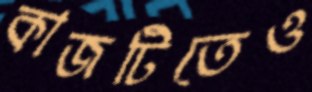
কাজটিতেও